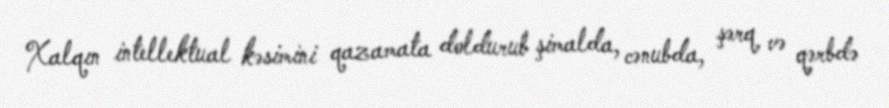
Xalqın intellektual kəsimini qazamata doldurub şimalda, cənubda, şərq və qərbdə